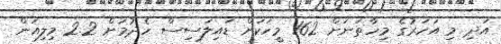
އަދި މި އަހަރުގެ މިހާތަނަށް 162 މީހަކަށް ޑައިލަސިސް ހެދުމަށް 2.2 މިލިއަން